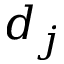
d _ { j }